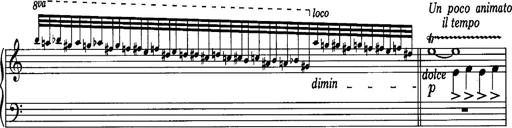
Title: La romanesca
Composer: Franz Liszt